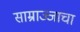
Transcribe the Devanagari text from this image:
साम्राज्जाचा